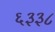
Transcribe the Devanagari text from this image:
६३३८